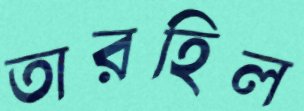
তারহিল